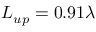
L _ { u p } = 0 . 9 1 \lambda